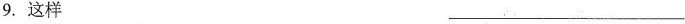
9.这样___